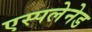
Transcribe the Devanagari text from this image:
एस्पलेनेड